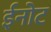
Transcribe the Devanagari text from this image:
ईनोट